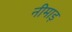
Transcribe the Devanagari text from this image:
नीमाड़